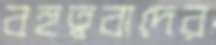
বহুত্ববাদের